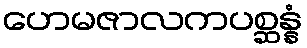
ဟေမဇာလကပစ္ဆန္နံ